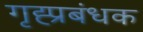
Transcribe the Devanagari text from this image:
गृह्प्रबंधक